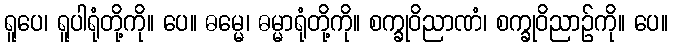
ရူပေ၊ ရူပါရုံတို့ကို။ ပေ။ ဓမ္မေ၊ ဓမ္မာရုံတို့ကို။ စက္ခုဝိညာဏံ၊ စက္ခုဝိညာဉ်ကို။ ပေ။